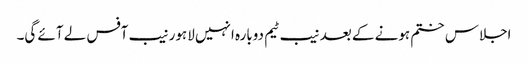
اجلاس ختم ہونے کے بعد نیب ٹیم دوبارہ انہیں لاہور نیب آفس لے آئے گی۔